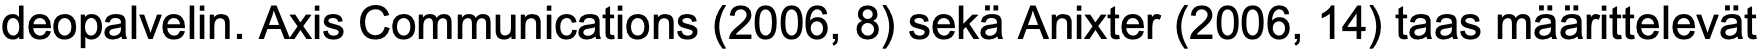
deopalvelin. Axis Communications (2006, 8) sekä Anixter (2006, 14) taas määrittelevät